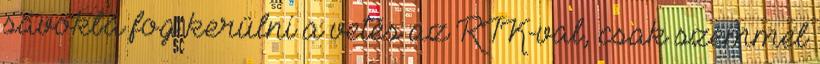
sávokba fog kerülni a vetés az RTK-val, csak szemmel